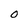
Character: 0